Report on sanitation, dispensaries, and jails in Rajputana for 1913, and on vaccination for the year 1913-1914 - 1913-1914
Year: 1913
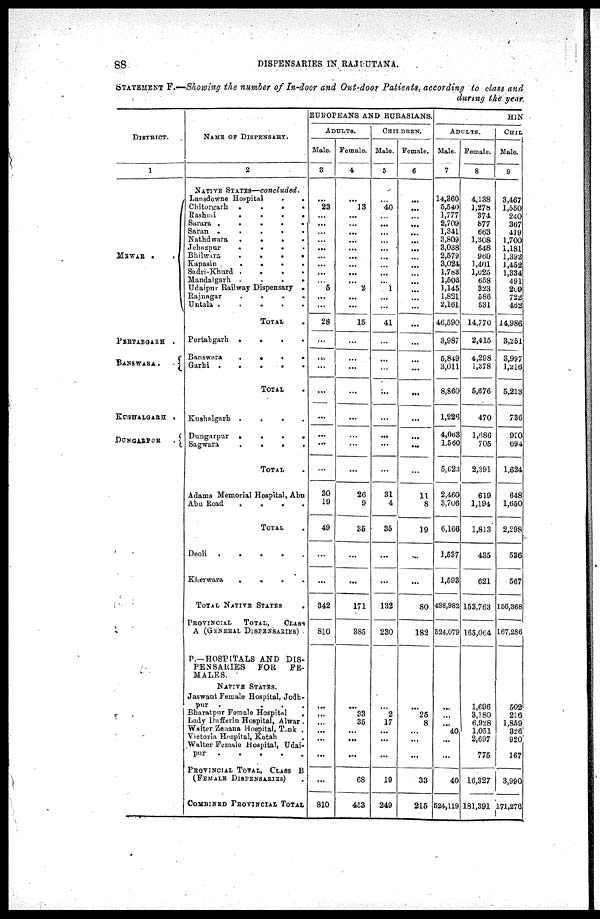
88
DISPENSARIES IN RAJPUTANA.
STATEMENT F.—Showing the number of In-door and Out-door Patients, according to class and
during the year
DISTRICT.
1
MEWAR
.
.
PERTABGARH .
BANSWARA.
.
KUSHALGARH .
DUNGARPUR
.
NAME OF DISPENSARY.
2
NATIVE STATES—concluded.
Lansdowne Hospital . .
Chitorgarh
.
.
.
.
.
Rashmi
.
.
.
.
.
Sarara
.
.
.
.
.
Saran
.
.
.
.
.
Nathdwara . . . . .
Jehazpur
.
.
.
.
.
.
Bhilwara
.
.
.
.
.
Kapasin
.
.
.
.
.
Sadri-Khurd
.
.
.
.
.
Mandalgarh . . . . . .
Udaipur Railway Dispensary .
Rajnagar . . . . .
Untala . . . . .
TOTAL .
Pertabgarh
.
.
.
.
.
Banswara
.
.
.
.
.
Garhi
.
.
.
.
.
TOTAL .
Kushalgarh
.
.
.
.
.
Dungarpur
.
.
.
.
.
Sagwara
.
.
.
.
TOTAL .
Adams Memorial Hospital, Abu
Abu Road
.
.
.
.
.
TOTAL .
Deoli . . . . . .
Kherwara
.
.
.
.
.
TOTAL NATIVE STATES .
PROVINCIAL
TOTAL,
CLASS
A (GENERAL DISPENSARIES)
B.—HOSPITALS AND DIS-
PENSARIES
FOR
FE-
MALES.
NATIVE STATES.
Jaswant Female Hospital, Jodh-
pur
.
.
.
.
.
Bharatpur Female Hospital .
Lady Duffierin Hospital, Alwar .
Walter Zeaana Hospital, Tonk .
Victoria Hospital, Kotah .
Walter Female hospital, Udai-
pur
.
.
.
.
.
PROVINCIAL TOTAL, CLASS B
(FEMALE DISPENSARIES) .
COMBINED PROVINCIAL TOTAL
EUROPEANS AND EURASIANS.
ADULTS.
Male.
3
...
23
...
...
...
...
...
...
...
...
...
5
...
...
28
...
...
...
...
...
...
...
...
30
19
49
...
...
342
810
...
...
...
...
...
...
...
810
Female.
4
...
13
...
...
...
...
...
...
...
...
...
2
...
...
15
...
...
...
...
...
...
...
...
26
9
35
...
...
171
385
...
33
35
...
...
...
68
453
CHILDREN.
Male.
5
...
40
...
...
...
...
...
...
...
...
...
1
...
...
41
...
...
...
...
...
...
...
...
31
4
35
...
...
132
230
...
2
17
...
...
...
19
249
Female.
6
...
...
...
...
...
...
...
...
...
...
...
...
...
...
...
...
...
...
...
...
...
...
...
11
8
19
...
...
80
182
...
25
8
...
...
...
33
215
H1N
ADULTS.
Male.
7
14,360
5,540
1,777
2,709
1,341
3,809
3,038
2,579
3,024
1,783
1,503
1,145
1,821
2,161
46,590
3,987
5,849
3,011
8,860
1,226
4,063
1,560
5,623
2,460
3,706
6,166
1,537
1,593
488,982
524,079
...
...
...
40
...
...
40
524,119
Female.
8
4,138
1,278
374
877
663
1,308
648
960
1,401
1,025
658
323
586
531
14,770
2,415
4,298
1,378
5,676
470
1,686
705
2,391
619
1,194
1,813
435
621
153,763
165,064
1,696
3,180
6,928
1,051
2,697
775
16,327
181,391
CHIL
Male.
9
3,467
1,550
240
367
419
1,700
1,181
1,392
1,452
1,334
491
209
722
462
14,986
3,251
3,997
1,216
5,213
736
930
694
1,624
648
1,650
2,298
536
567
156,368
167,286
502
216
1,859
326
920
167
3,990
171,276